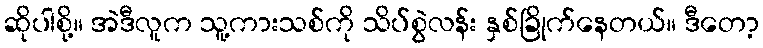
ဆိုပါစို့။ အဲဒီလူက သူ့ကားသစ်ကို သိပ်စွဲလန်း နှစ်ခြိုက်နေတယ်။ ဒီတော့